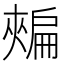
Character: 𢩟